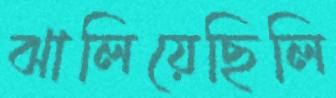
ঝালিয়েছিলি